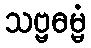
သဗ္ဗဓမ္မံ